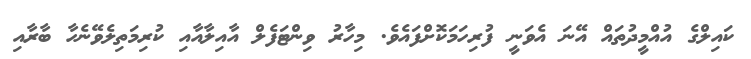
ކައިލްގެ އުއްމީދުތައް އޭނަ އެވަނީ ފުރިހަމަކޮށްފައެވެ. މިހާރު ވިންޓަފެލް އާއިލާއާއި ކުރިމަތިލެވޭނެހާ ބާރާއި